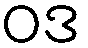
ဝဒ